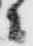
々